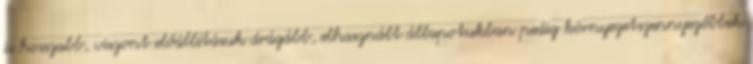
is hosszabb, viszont előállításuk drágább, elhasznált állapotukban pedig környezetszennyezőbbek